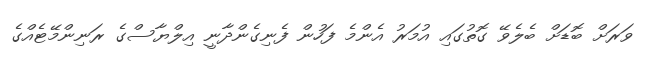
ވަރަށް ބޮޑަށް ބެލެވޭ ގޮތުގައި އުމަރު އެންމެ ފަހުން ފެނިގެންދާނީ އިލްޔާސްގެ ރަނިންމޭޓެއްގެ